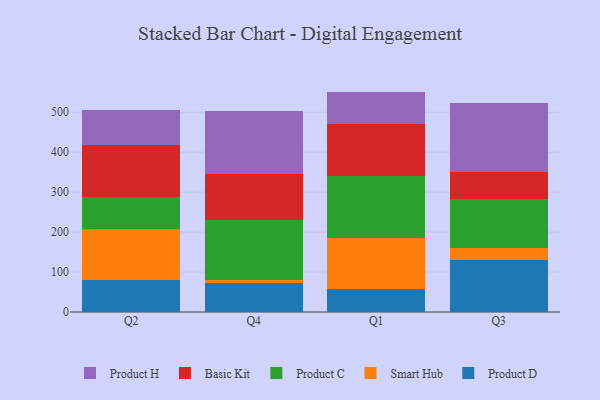
{"axis": {"x": "Quarter", "y": "Waste Production (Tons)"}, "legend": ["Basic Kit", "Product C", "Product D", "Product H", "Smart Hub"], "data": [{"x": "Q2", "y": 80.7, "type": "Product D"}, {"x": "Q2", "y": 126.2, "type": "Smart Hub"}, {"x": "Q2", "y": 81.6, "type": "Product C"}, {"x": "Q2", "y": 130.0, "type": "Basic Kit"}, {"x": "Q2", "y": 86.7, "type": "Product H"}, {"x": "Q4", "y": 73.7, "type": "Product D"}, {"x": "Q4", "y": 6.5, "type": "Smart Hub"}, {"x": "Q4", "y": 150.7, "type": "Product C"}, {"x": "Q4", "y": 114.1, "type": "Basic Kit"}, {"x": "Q4", "y": 158.2, "type": "Product H"}, {"x": "Q1", "y": 56.9, "type": "Product D"}, {"x": "Q1", "y": 128.6, "type": "Smart Hub"}, {"x": "Q1", "y": 154.7, "type": "Product C"}, {"x": "Q1", "y": 129.9, "type": "Basic Kit"}, {"x": "Q1", "y": 81.5, "type": "Product H"}, {"x": "Q3", "y": 130.9, "type": "Product D"}, {"x": "Q3", "y": 28.9, "type": "Smart Hub"}, {"x": "Q3", "y": 122.9, "type": "Product C"}, {"x": "Q3", "y": 67.3, "type": "Basic Kit"}, {"x": "Q3", "y": 172.0, "type": "Product H"}]}